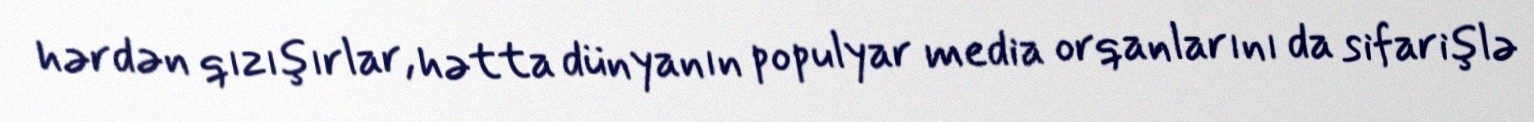
hərdən qızışırlar, hətta dünyanın populyar media orqanlarını da sifarişlə